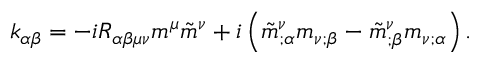
k _ { \alpha \beta } = - i R _ { \alpha \beta \mu \nu } m ^ { \mu } \tilde { m } ^ { \nu } + i \left( \tilde { m } _ { ; \alpha } ^ { \nu } m _ { \nu ; \beta } - \tilde { m } _ { ; \beta } ^ { \nu } m _ { \nu ; \alpha } \right) .